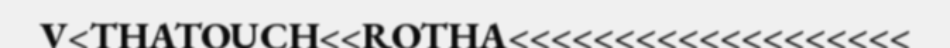
V<THATOUCH<<ROTHA<<<<<<<<<<<<<<<<<<<